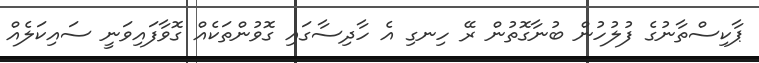
ޕާކިސްތާނުގެ ފުލުހުން ބުނާގޮތުން ރޭ ހިނގި އެ ހާދިސާގައި ގޮވުންތަކެއް ގޮވާފައިވަނީ ސައިކަލެއް